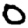
Digit: 0